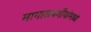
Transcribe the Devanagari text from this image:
मागासवर्गीयांमध्ये